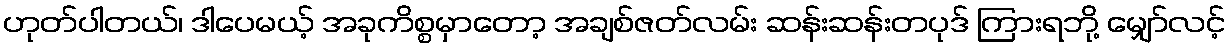
ဟုတ်ပါတယ်၊ ဒါပေမယ့် အခုကိစ္စမှာတော့ အချစ်ဇတ်လမ်း ဆန်းဆန်းတပုဒ် ကြားရဘို့ မျှော်လင့်